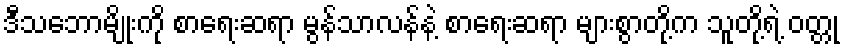
ဒီသဘောမျိုးကို စာရေးဆရာ မွန်သာလန်နဲ့ စာရေးဆရာ များစွာတို့က သူတို့ရဲ့ ဝတ္တု